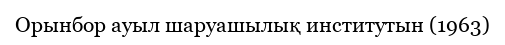
Орынбор ауыл шаруашылық институтын (1963)